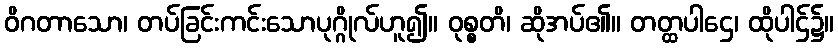
ဝိဂတာသော၊ တပ်ခြင်းကင်းသောပုဂ္ဂိုလ်ဟူ၍။ ဝုစ္စတိ၊ ဆိုအပ်၏။ တတ္ထပါဌေ၊ ထိုပါဌ်၌။